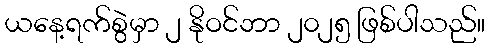
ယနေ့ရက်စွဲမှာ ၂ နိုဝင်ဘာ ၂၀၂၅ ဖြစ်ပါသည်။